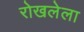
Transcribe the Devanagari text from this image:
रोखलेला